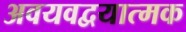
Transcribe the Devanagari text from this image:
अवयवद्वयात्मक